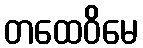
တထေဝိမေ